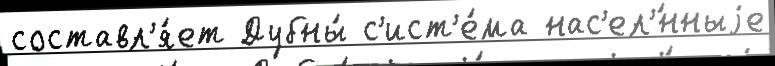
составл'я́ет Дубны́ с'ист'е́ма нас'ел'́нныjе